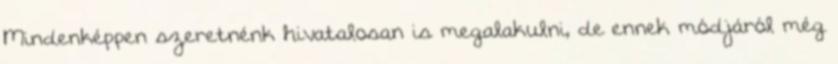
Mindenképpen szeretnénk hivatalosan is megalakulni, de ennek módjáról még